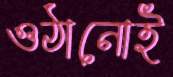
ওঠানোই